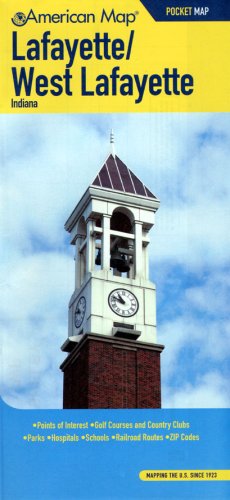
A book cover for American Map Lafayette/ West Lafayette, in Pocket Map; Travel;